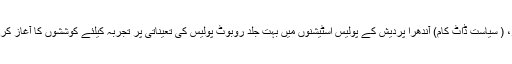
/20 نومبر، ( سیاست ڈاٹ کام) آندھرا پردیش کے پولیس اسٹیشنوں میں بہت جلد روبوٹ پولیس کی تعیناتی پر تجربہ کیلئے کوششوں کا آغاز کردیا گیا ہے۔